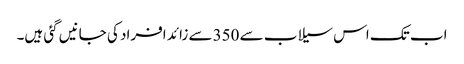
اب تک اس سیلاب سے 350سے زائد افراد کی جانیں گئی ہیں۔